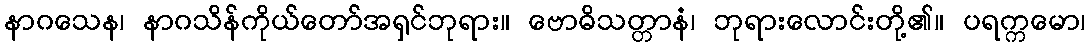
နာဂသေန၊ နာဂသိန်ကိုယ်တော်အရှင်ဘုရား။ ဗောဓိသတ္တာနံ၊ ဘုရားလောင်းတို့၏။ ပရက္ကမော၊